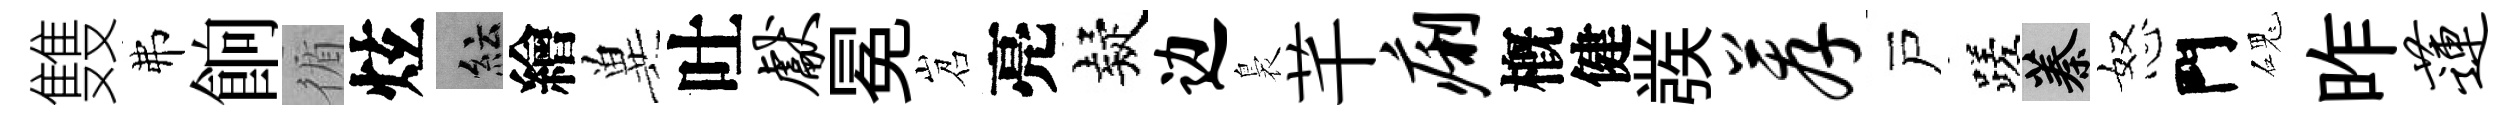
䨇弗餉循炫紜繪兾吐献冕岧亮疑边裊芊痢槪健彂荐戸蹉蓁怒門磈昨莲